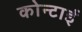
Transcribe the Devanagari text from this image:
कोन्टाई